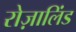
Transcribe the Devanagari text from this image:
रोज़ालिंड